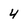
Character: 4